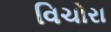
વિચોરા